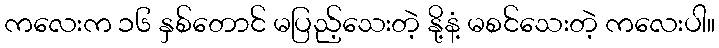
ကလေးက ၁၆ နှစ်တောင် မပြည့်သေးတဲ့ နို့နံ့ မစင်သေးတဲ့ ကလေးပါ။